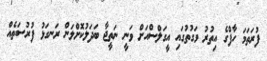
ފުރަތަމަ ހާފްގެ އިތުރު ވަގުތުގައި އީގަލްސްއަށް ވަނީ ނަތީޖާ ބަދަލުކޮށްލަން ރަނގަޅު ފުރުސަތެއް